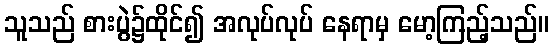
သူသည် စားပွဲ၌ထိုင်၍ အလုပ်လုပ် နေရာမှ မော့ကြည့်သည်။